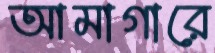
আমাগারে